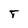
Character: T